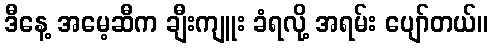
ဒီနေ့ အမေ့ဆီက ချီးကျူး ခံရလို့ အရမ်း ပျော်တယ်။